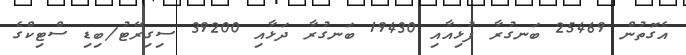
އެގޮތުން 25469 ބަނގުރާ ފުޅިއާއި 19430 ބަނގުރާ ދަޅާއި 39200 ސިގިރޭޓު/ބިޑި ސްޓިކްގެ